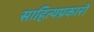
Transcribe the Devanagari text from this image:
साहित्यप्रकारों